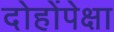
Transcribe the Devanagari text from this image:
दोहोंपेक्षा